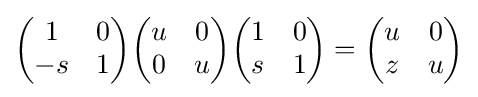
{\begin{pmatrix}1&0\\-s&1\end{pmatrix}}{\begin{pmatrix}u&0\\0&u\end{pmatrix}}{\begin{pmatrix}1&0\\s&1\end{pmatrix}}={\begin{pmatrix}u&0\\z&u\end{pmatrix}}